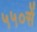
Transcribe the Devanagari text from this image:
५५०सें